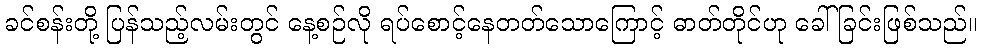
ခင်စန်းတို့ ပြန်သည့်လမ်းတွင် နေ့စဉ်လို ရပ်စောင့်နေတတ်သောကြောင့် ဓာတ်တိုင်ဟု ခေါ်ခြင်းဖြစ်သည်။